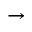
\rightarrow